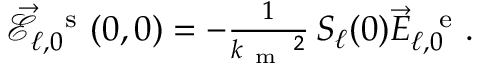
\begin{array} { r } { \vec { \mathcal { E } } _ { \ell , 0 } ^ { \mathrm { ~ \, ~ s ~ } } ( 0 , 0 ) = - \frac { 1 } { k _ { \mathrm { ~ m ~ } } \, \! \! \, \! \, \, \! \, \, \! \! \, \! \, \, \! \! \, \! \! \, \! \, \, \! \! \, \! \! \, \! \, \, \! \, \, \! \! \, \! \, \, \! \! \, \! \! \, \! \, \, \! \, \, \! \! \, \! \, \, \! \, \, \! \! \, \! \, \, \! \! \, \! \! \, \! \, \, \! \, \, \! \! \, \! \, \, \! \, \, \! \! ^ { 2 } } \, S _ { \ell } ( 0 ) \vec { E } _ { \ell , 0 } ^ { \mathrm { ~ \, ~ e ~ } } . } \end{array}